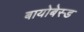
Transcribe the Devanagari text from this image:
बायोबेस्ड